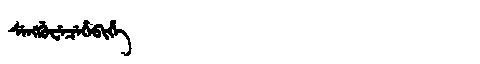
Manchu: ᠰᡝᠩᡤᡠᠸᡝᠴᡝᡥᡝᠪᡳᡥᡝ
Romanization: SENGGUWECEHEBIHE